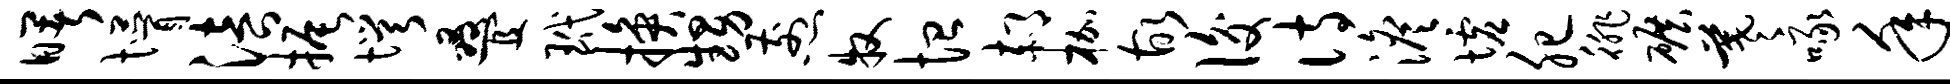
曙懵涪振愕叠玳换甥煎牧恤郝枷故后诗澹墟肥徘碾羲啄年